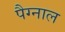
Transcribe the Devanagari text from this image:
पैग्नाल